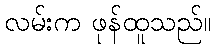
လမ်းက ဖုန်ထူသည်။